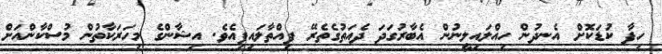
ހިފާ ކުޑަކޮށް އެނދުން ހިއްލައިލީނުން އެބާރުގަދަ ދެއަތުގެތެރޭ ފިއްތާލައިފިއެވެ. އިޝާންގެ މިހަރަކާތުން މުސްކާންއަށް